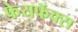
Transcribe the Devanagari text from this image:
फेयफॅक्स